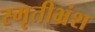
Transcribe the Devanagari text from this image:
स्मृतीभ्रंश